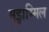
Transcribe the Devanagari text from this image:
मुझम्मिल